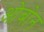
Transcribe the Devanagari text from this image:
ओबोन